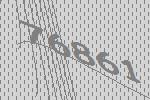
76861